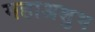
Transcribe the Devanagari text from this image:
महाअशुभ